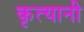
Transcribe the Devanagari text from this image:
कृत्यानी